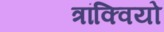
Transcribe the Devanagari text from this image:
त्रांक्वियो